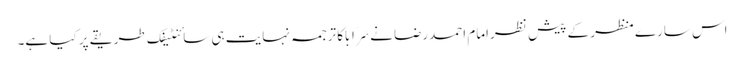
اس سارے منظر کے پیش ِ نظرامام احمدرضا نےسَرَابًا کا ترجمہ نہایت ہی سائنٹیفک طریقے پر کیا ہے۔